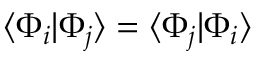
\langle \Phi _ { i } | \Phi _ { j } \rangle = \langle \Phi _ { j } | \Phi _ { i } \rangle